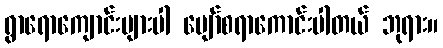
ရွာရောကျောင်းများပါ ပျော်စရာကောင်းပါတယ် ဘုရား။